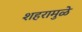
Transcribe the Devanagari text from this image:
शहरामुळे